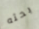
بحثه